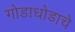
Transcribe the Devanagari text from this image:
गोडाधोडाचे